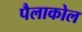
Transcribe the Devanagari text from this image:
पैलाकोल